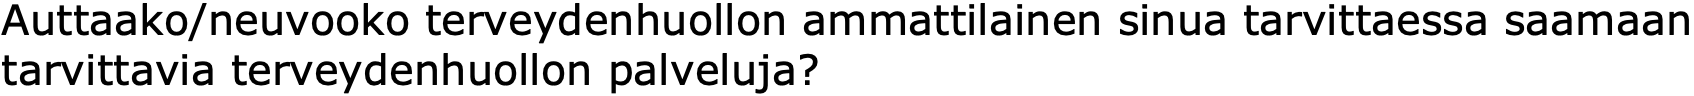
Auttaako/neuvooko terveydenhuollon ammattilainen sinua tarvittaessa saamaan tarvittavia terveydenhuollon palveluja?